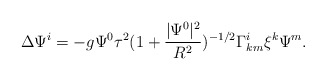
\begin{align*}\Delta \Psi^i=- g\Psi^0\tau^2(1+\frac{|\Psi^0|^2}{R^2})^{-1/2}\Gamma^i_{km}\xi^k \Psi^m.\end{align*}